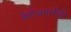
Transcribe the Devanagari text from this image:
बेरोजगारीही